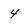
Character: 4